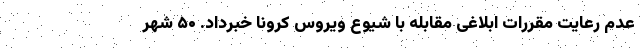
عدم رعایت مقررات ابلاغی مقابله با شیوع ویروس کرونا خبرداد. ۵۰ شهر